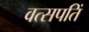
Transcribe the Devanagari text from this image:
वत्सपतिं